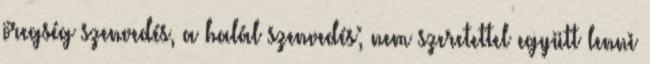
öregség szenvedés, a halál szenvedés; nem szeretettel együtt lenni